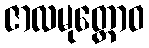
ဇာလမုတ္တောဝ